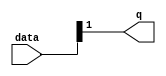
module  fp_add_sub_altpriority_encoder_3v7
	( 
	data,
	q) ;
	input   [1:0]  data;
	output   [0:0]  q;
	assign
		q = {data[1]};
endmodule